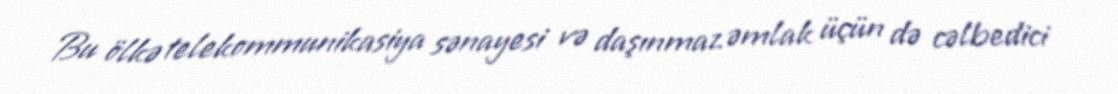
Bu ölkə telekommunikasiya sənayesi və daşınmaz əmlak üçün də cəlbedici